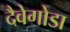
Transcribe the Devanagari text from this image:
दैवेगोडा